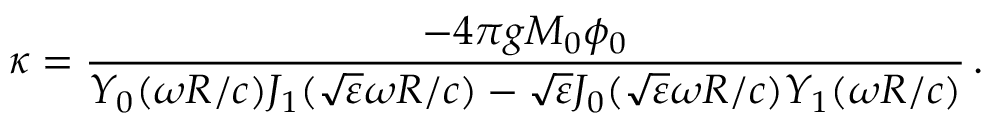
\kappa = \frac { - 4 \pi g M _ { 0 } \phi _ { 0 } } { Y _ { 0 } ( \omega R / c ) J _ { 1 } ( \sqrt { \varepsilon } \omega R / c ) - \sqrt { \varepsilon } J _ { 0 } ( \sqrt { \varepsilon } \omega R / c ) Y _ { 1 } ( \omega R / c ) } \, .